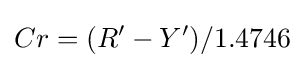
Cr=(R'-Y')/1.4746